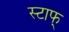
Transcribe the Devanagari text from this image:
स्टाफ्